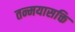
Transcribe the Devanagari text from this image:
तन्मयासक्ति